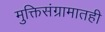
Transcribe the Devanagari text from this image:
मुक्तिसंग्रामातही